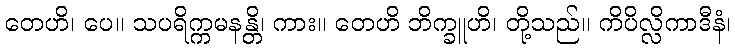
တေဟိ၊ ပေ။ သပရိက္ကမနန္တိ၊ ကား။ တေဟိ ဘိက္ခူဟိ၊ တို့သည်။ ကိပိလ္လိကာဒီနံ၊